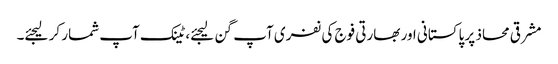
مشرقی محاذ پر پاکستانی اور بھارتی فوج کی نفری آپ گن لیجئے، ٹینک آپ شمار کر لیجئے۔